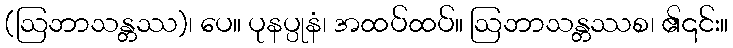
(ဩဘာသန္တဿ)၊ ပေ။ ပုနပ္ပုနံ၊ အထပ်ထပ်။ ဩဘာသန္တဿစ၊ ၏၎င်း။